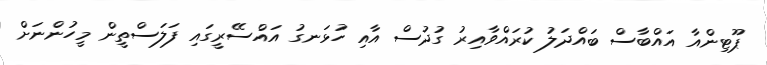
ޕޫޓިންއާ އައްބާސް ބައްދަލު ކުރައްވާއިރު ގުދުސް އާއި ހުޅަނގު އައްސޭރީގައި ފަލަސްތީން މީހުންނަށް